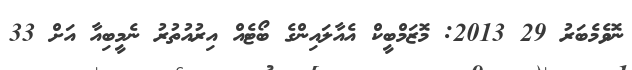
ނޮވެމެބަރު 29 2013: މޮޒަމްބީކް އެއާލައިންގެ ބޯޓެއް އިރުއުތުރު ނެމީބިއާ އަށް 33